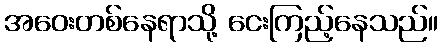
အဝေးတစ်နေရာသို့ ငေးကြည့်နေသည်။